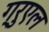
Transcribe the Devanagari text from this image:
ग्रुएल